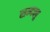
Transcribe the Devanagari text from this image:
सन्दक्पु